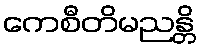
ကေစီတိမညန္တိ